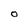
Character: O